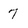
Character: 7